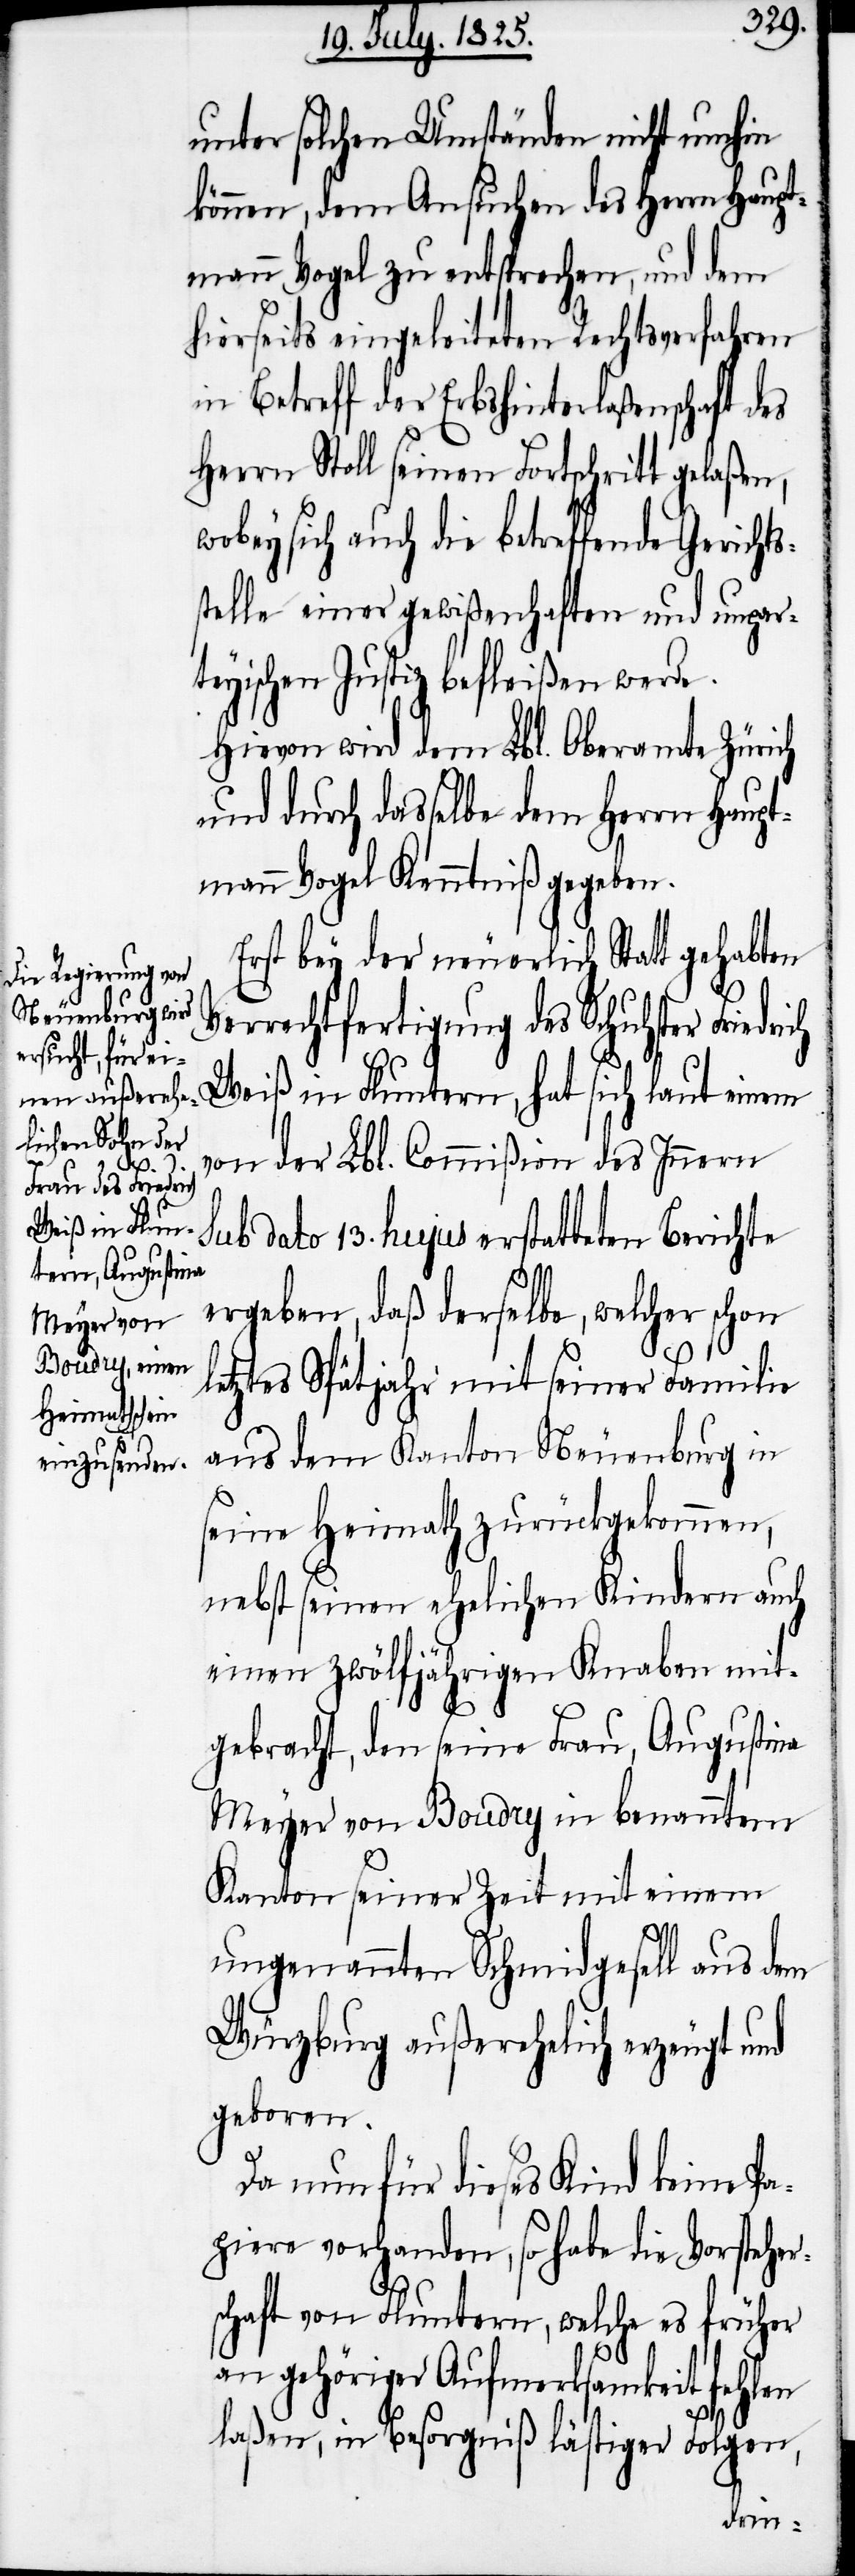
ch

unter solchen Umständen nicht umhin
können, dem Ansuchen des Herrn Haupt¬
mann Vogel zu entsprechen, und dem
hierseits eingeleiteten Rechtsverfahren
in Betreff der Erbshinterlaßenschaft des
Herrn Stoll seinen Fortschritt gelaßen,
sich auch die betreffende Gerichts¬
stelle einer gewißenhaften und unpar¬
teyischen Justiz befleißen werde.
Hievon wird dem Lbl. Oberamte Zürich
und durch dasselbe dem Herrn Haupt¬
mann Vogel Kenntniß gegeben.
Erst bey der neuerlich Statt gehabten
Verrechtfertigung des Schuster Friedri¬
Weiß in Fluntern, hat sich laut einem
von der Lbl. Commißion des Innern
sub dato 13. hujus erstatteten Berichte
ergeben, daß derselbe, welcher schon
letztes Spätjahr mit seiner Familie
aus dem Kanton Neuenburg in
seine Heimath zurückgekommen,
nebst seinen ehelichen Kindern auch
einen zwölfjährigen Knaben mit¬
gebracht, den seine Frau, Augustine
Meyer von Boudry in benanntem
Kantons einer Zeit mit einem
ungenannten Schmidgesell aus dem
Würzburg außerehelich erzeugt und
geboren.
Da nun für dieses Kind keine Pa¬
piere vorhanden, so habe die Vorsteher¬
schaft von Fluntern, welche es früher
an gehöriger Aufmerksamkeit fehlen
laßen, in Besorgniß lästiger Folgen,